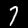
Digit: 7